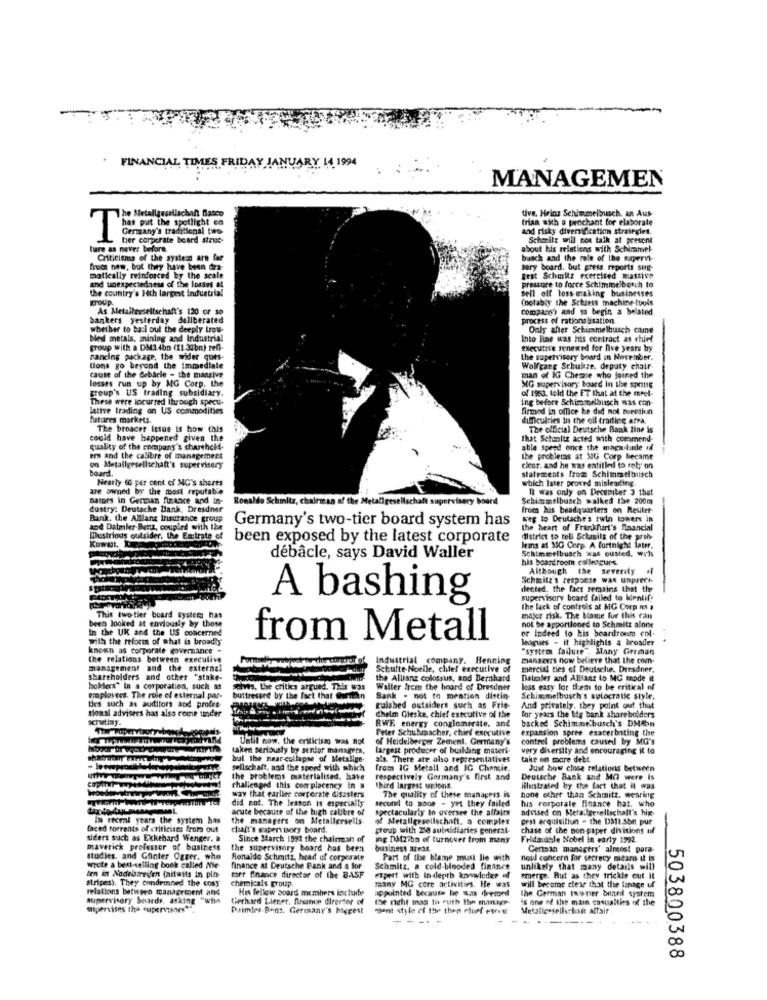
-
FINANCIAL TIMES FRIDAY JANUARY 14 1994
MANAGEMEN
tive, Heinz Schimmelbusch. an Aus
he Metallgesellschaft Blasco
trian with a penchant for elaborate
"has put the spotlight en
and risky diversification strategies.
germany's traditional two
tier corporate board strue-
Scheritz will not talk at present
hare as never before
about his reintiens with Schimmel
Criticisma of the systesn are far
busch and the role of the sapervi
fruct new, but they have been dra-
sery board. but press reports sug
and unexpectedness of the losset al
gest Schmitz exercised massive
pressure to force Schimmelbosch to
the country's Hith largest industrial
sell off loss-making businesses
FrOUD.
(notably the Schiess machine tools
As Metallessellschaft's 120 or so
companys) and to begin a belated
bankers yesterday deliberated
process of rationalisation.
whether to baci oul the deeply trou-
Only after Schimmelhusch cane
bed metals, mining and Industrial
Into line was his contract as chief
group with a DM3.4bn (11 34bn) rell-
executive renewed for five years by
handing package, the wider ques-
the supervisory board in November.
tions go beyond the immediate
Wolfgang Schulze. deputy chair-
cause of the debacle - the massive
losses run up by MG Corp, the
man of IG Chemie who joined the
group's US trading subsidiary.
MG supervisory board In the spring
of 1953. told the ET that at the meet-
These were Incurred through specu-
ing before Schimmelbusch was con-
lative trading on US commodities
firmed in office he did not mention
futures markets.
difficulties in the oil trading arra.
The broacer Issue is how this
The official Deutsche Bank Zine is
could have happened given the
that Sctunlit acted with commend-
quality of the company's sharehold-
able speed once the magnitude id
ers and the calibre of management
the problems at NG Corp became
on Metallgesellschaft's supervisery
board.
clenr. and he was entitled to rely on
Nearly 60 per cent of MG's shares
statements from Schimmelbusch
which later proved misleading.
are owned by the most reputable
It was only on December 3 that
Dators in German finance and in-
Ronaldo Schmitz, chairman of the Metallgesellec
A supervisory board
y board
Schimmelbusch walked the 200m
dustry: Deutsche Bank, Dresdner
from his beadquarters on Rester-
Bank, the Allianz Insurance group
Germany's two-tier board system has
weg lo Deutsche's twin towers in
and Daimler- Benz, coupled with the
the heart of Frankfurt's financial
Dustrious outsider, the Emirate of
been exposed by the latest corporate
district to tell Schasils of the prois
Schimmelbusch was ousted, withs
leis at SIG Corp. A fortnight later,
débâcle, says David Waller
his boardroom colleagues
Although the severity .F
Schmitz's response was unprech
dented. the fact remains that the
A bashing
supervisory board failed to kientify
the lack of controls at MG Corp ns
been looked at endiously by those
This two-tier board systems has
major risk. The bame fur this can
in the UK and the US concerned
not be apportloned to Schmitz alone
or indeed to his beardront col.
with the reform of what is broadly
from Metall
leagues - it highlights a brosder
known as corporate governance .
"system failure" Many German
the relations between executive
Por
Industrial company. Henning
manserrs now believe that the com-
management and the external
Schulte-Noelle, chief executive of
mercial ties of Deutsche. Dresdner,
shareholders and other "stake-
the Allianz colossus, and Bernhard
Daimler and Allianz to MG mode it
lacklers" In a corporation, such as
Seivis, the critics argued. This was
Walter from the board of Dresdner
less easy for them to be critical of
employees. The role of external par-
tes such as auditors and profes
buttressed by the fact that @human
Bank - not to mention distin-
Schimmelbusch's autocratic style.
sional advisers has also come under
ruished outsiders such as Frie-
And privately, they point out that
for years the big bank shareholders
Scrutiny.
chelm Gleske, chief executive of the
backed Schimmelbusch's DMibn
RWE energy conglomerate. and
Peter Schuhmacher, chief executive
expansion spree exacerbating the
Until now, the criticism was not
of Heidelberger Zement, Germany's
control problems caused by MG's
taken seriously by senior managers,
Largest producer of building masert-
very diversity and encouraging it to
but the near-collapse of Metalige-
als. There are also representatives
take on mare debt
sellschaft, and the spoed with shich
from IG Metall and IG Chensie
Just how close relations between
the problems materialised. have
respectively Germany's first and
Deutsche Bank and MO were Is
challenged this complacency in a
third largest unions.
Hilustrated by the fact that it was
way that earlier corporate disasters
did not. The lesson is especially
second to none - yet they failed
The quality of these managers is
none other than Schmitz. wearing
his corporale finance hat. who
acute because of the high calibre of
spectacularly to oversee the affairs
advised on Sera.Igesellschaft's hig
In recent years the system has
the managers on Metallersells
of Metallgesellschaft. a complex
gest acquisitiun - the D311.Sbm pur
faced torrents of criticises frola out
chaft's supervisory board.
group with 28 suinidiaries general-
chase of the non-paper divisions uf
siders such as Ekkehard Wenger. a
Since March 1993 the chairman of
ing Da12iba of turnover from many
Frida able Nobel in early 1992.
maverick professor of business
the supervisory board has been
business areas
Geriaan managers' almost para-
Studies, and Günter Ogger. who
Ronaldo Schmitz, head of corporate
Part of the blame must lie with
noid concern for secrecy mitard it is
wrote a best-selling book called Me-
finance at Deutsche Bank and a for
Schmitz. a cold-blooded finance
unlikely that many details will
stripes). They condemned the cosy
fen in Nadelstreifen faitwits in pin-
chemicals group.
ter finance director of the BASF
expert with In depth kawwwleder af
emerge. But as they trickle cut it
will become clear that the lanage uf
relations between management and
His fellow board members include
many MG core activities. He was
appointed because he was chemed
the German two-ner brarit system
supervisory boards, asking "wha
Gerhard Liener, finance director of
the nicht inas to muth the mange
is one of the main casualties of the
supervises the supervisors""
Daimler-Benz, Germany's biscest
pont style of the than chuff en
Metallersellschaft alfait
503800388